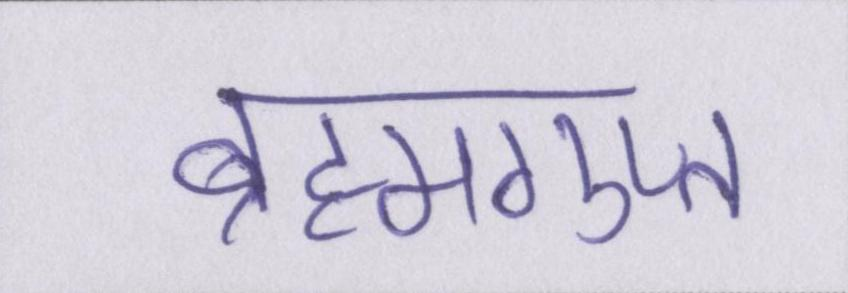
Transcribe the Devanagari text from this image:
ब्रह्मगुप्त